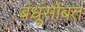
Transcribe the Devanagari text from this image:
बंधूंसोबत